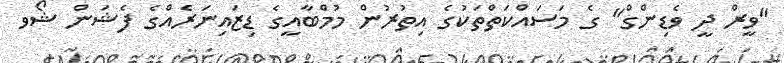
"ވީރް ދީ ވެޑިންގް" ގެ މަސައްކަތްތަކުގެ އިތުރުން މުމްބާއީގެ ޑިޒައިނަރެއްގެ ފެޝަން ޝޯވ